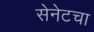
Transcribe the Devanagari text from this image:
सेनेटचा